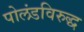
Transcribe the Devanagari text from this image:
पोलंडविरुद्ध